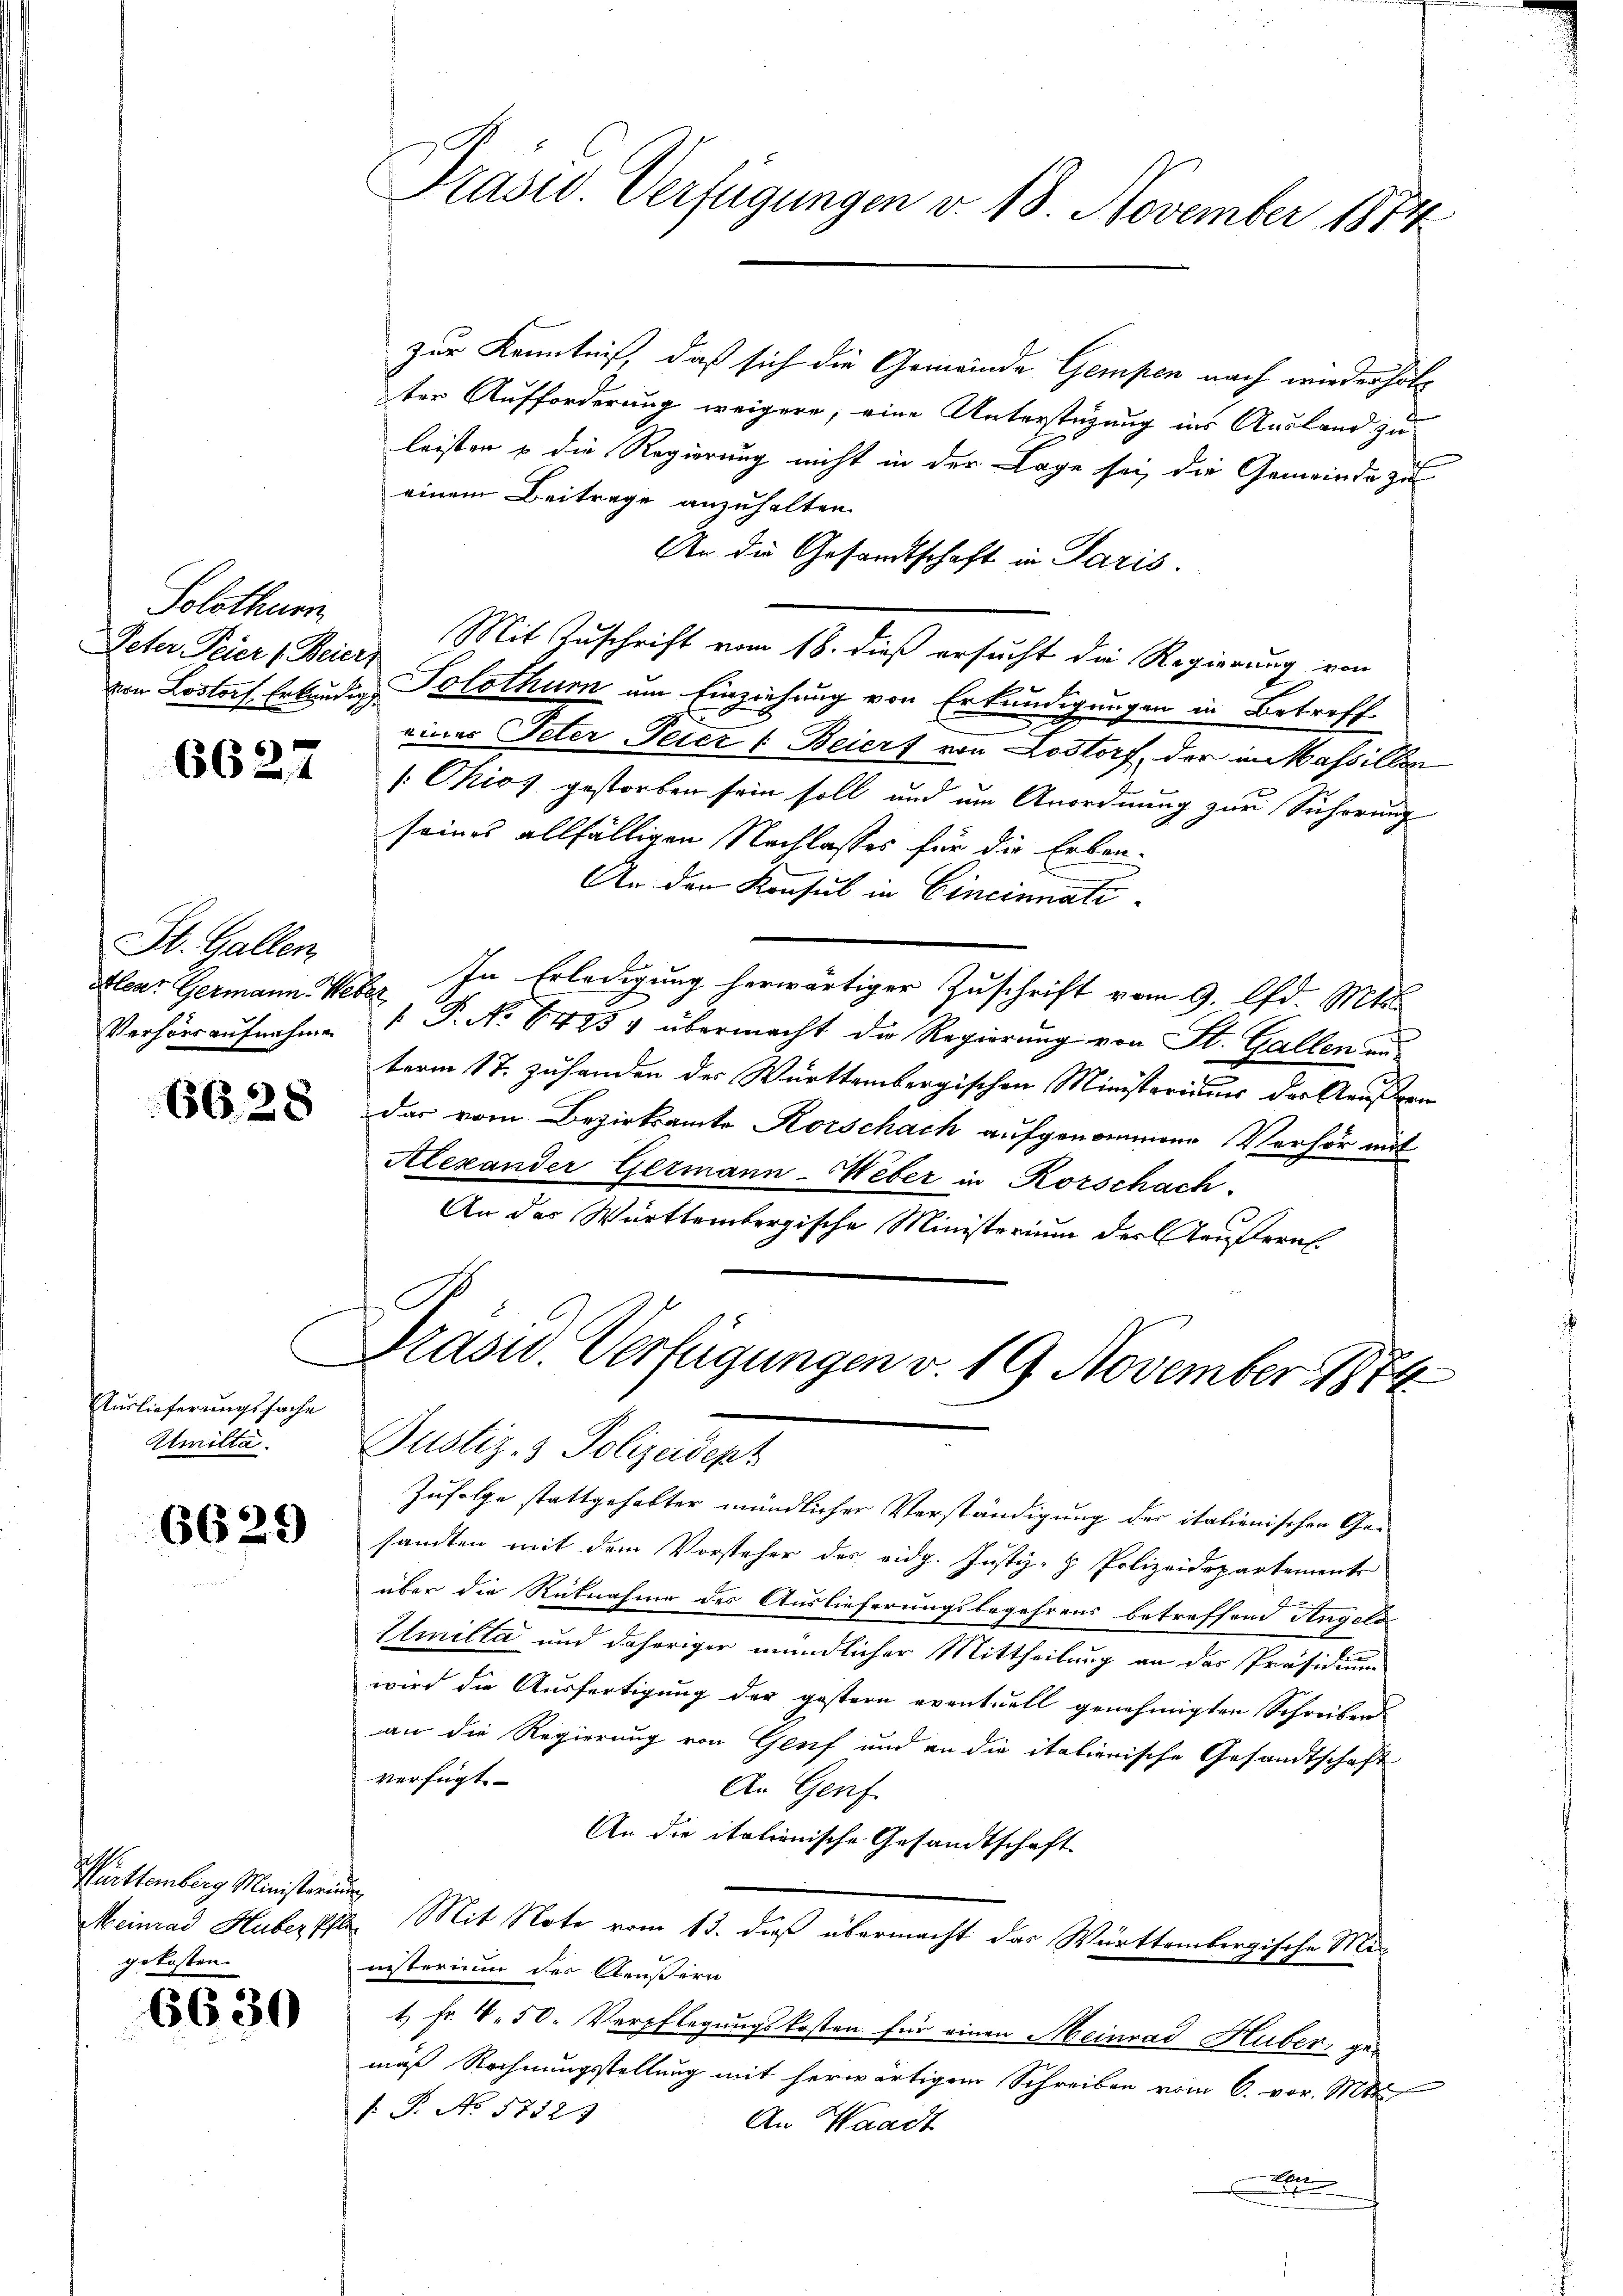
Solothur
Peter Feier (Beiers

6627

St. Gallen

6628

Auslieferungssache
Amilta.

6629

Württemberg Ministerium
gekosten

6630

Präsid. Verfügungen v. 18. November 1874

zur Kenntniß, daß sich die Gemeinde Gempen nach wiederholt
ter Aufforderung weigere, eine Unterstüzung ins Ausland zu
leisten u die Regierung nicht in der Lage sei, die Gemeinde zu
einem Beitrage anzuhalten.
An die Gesandtschaft in Paris.
Mit Zuschrift vom 18. dieß ersucht die Regierung von
von Lostoch Erkundig, Solothur um Einziehung von Erkundigungen in Betroff
eines Peter Feier (Beiert von Lostorf, der in Massillen
[Chios gestorben sein soll und um Anordnung zur Sicherung
seines allfälligen Nachlasses für die Erben¬
An den Konsul in Cincinati¬
Aloar Germann Weber. In Erledigung herwärtiger Zuschrift vom 9. d. Mts.
Verhörraŭfnahme  P. No 6475 & übermacht die Regierung von St. Gallen un
term 17. zuhanden der Württembergischen Ministeriums der Aeußern
das vom Bezirksamte Korschach aufgenommene Verhör mit
Alexander Germann-Ueber in Rorschach.
An das Württembergische Ministerium der Aeußeret
Präsid. Verfügungen v. 19. November 1874
Justiz- & Polizeidept
Zufolge stattgehabter mündlicher Verständigung der italienischen Gesandten mit dem Vorsteher des eidg. Justiz- Polizeidepartements
e
über die Rücknahme des Auslieferungsbegehrens betreffend Angelo
Umilta und daheriger mündlicher Mittheilung an das Präsidium
wird die Ausfertigung der gestern eventuell genehmigten Schreibenan die Regierung von Genf und an die italienische Gesandtschaft
verfügt
An Genf.
An die italienische Gesandtschaft
Meinrad Huberkfl, Mit Note vom 13. dieß übermacht das Württembergische Miinisterium der Aeußern
1 Fr. 6. 50. Verpflegungskosten für einen Meinrad Huber, gemäß Rechnungsstellung mit herwärtigem Schreiben vom 6. vor. Mts.
/. P. No 5732).
An Waadt
t